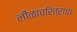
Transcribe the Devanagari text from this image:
लीळाचरित्राचा